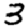
Digit: 3